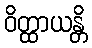
ဝိတ္ထာယန္တိ